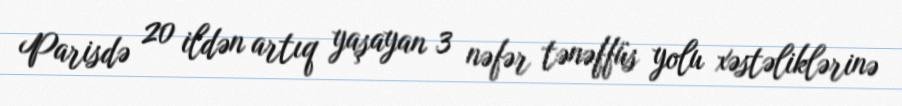
Parisdə 20 ildən artıq yaşayan 3 nəfər tənəffüs yolu xəstəliklərinə